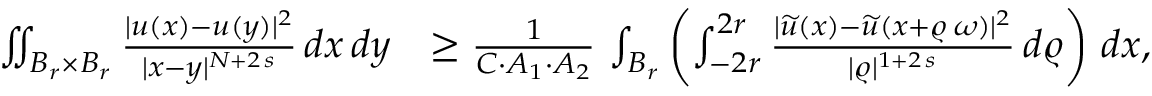
\begin{array} { r l } { \iint _ { B _ { r } \times B _ { r } } \frac { | u ( x ) - u ( y ) | ^ { 2 } } { | x - y | ^ { N + 2 \, s } } \, d x \, d y } & { \ge \frac { 1 } { C \cdot A _ { 1 } \cdot A _ { 2 } } \, \int _ { B _ { r } } \left( \int _ { - 2 r } ^ { 2 r } \frac { | \widetilde { u } ( x ) - \widetilde { u } ( x + \varrho \, \omega ) | ^ { 2 } } { | \varrho | ^ { 1 + 2 \, s } } \, d \varrho \right) \, d x , } \end{array}